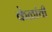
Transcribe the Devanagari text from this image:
केळांची